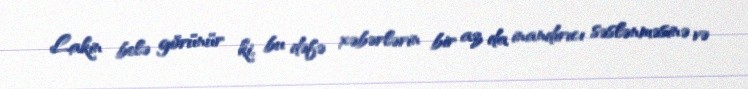
Lakin belə görünür ki, bu dəfə xəbərlərin bir az da inandırıcı səslənməsinə və